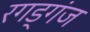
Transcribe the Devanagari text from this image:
रगड्गंज